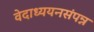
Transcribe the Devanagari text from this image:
वेदाध्ययनसंपन्न